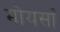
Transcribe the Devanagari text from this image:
मोयसाँ